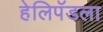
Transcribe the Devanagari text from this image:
हेलिपॅडला